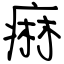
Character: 痳